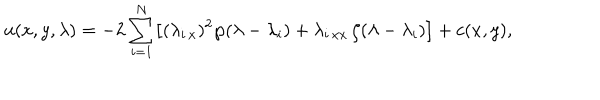
u ( x , y , \lambda ) = - 2 \sum _ { i = 1 } ^ { N } \bigl [ ( \lambda _ { i \, x } ) ^ { 2 } \wp ( \lambda - \lambda _ { i } ) + \lambda _ { i \, x x } \, \zeta ( \lambda - \lambda _ { i } ) \bigr ] + c ( x , y ) ,